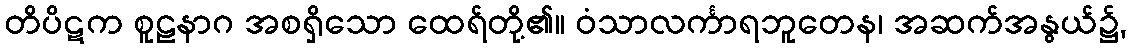
တိပိဋက စူဠနာဂ အစရှိသော ထေရ်တို့၏။ ဝံသာလင်္ကာရဘူတေန၊ အဆက်အနွယ်၌,